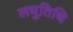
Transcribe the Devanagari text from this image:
लघुतिथि